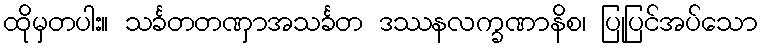
ထိုမှတပါး။ သင်္ခတတဏှာအသင်္ခတ ဒဿနလက္ခဏာနိစ၊ ပြုပြင်အပ်သော